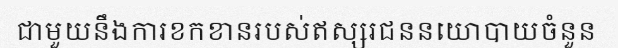
ជាមួយនឹងការខកខានរបស់ឥស្សរជននយោបាយចំនួន